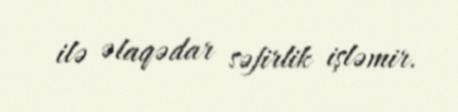
ilə əlaqədar səfirlik işləmir.